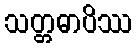
သတ္တဓာပိဿ